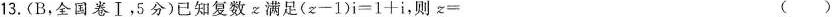
13.( B，全国卷Ⅰ，5分 ) 已知复数z满足$$( z-1)i=1+i$$，则z=( )